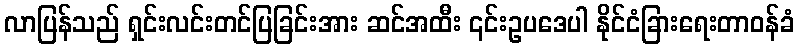
လာပြန်သည် ရှင်းလင်းတင်ပြခြင်းအား ဆင်အထီး ၎င်းဥပဒေပါ နိုင်ငံခြားရေးတာဝန်ခံ